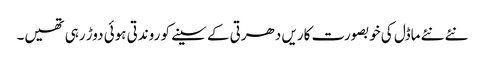
نئے نئے ماڈل کی خوبصورت کاریں دھرتی کے سینے کو روندتی ہوئی دوڑ رہی تھیں۔